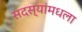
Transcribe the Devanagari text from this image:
सदस्यांमधला